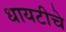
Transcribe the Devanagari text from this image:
धायटीचे